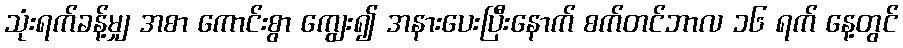
သုံးရက်ခန့်မျှ အစာ ကောင်းစွာ ကျွေး၍ အနားပေးပြီးနောက် စက်တင်ဘာလ ၁၆ ရက် နေ့တွင်